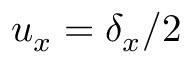
u _ { x } = \delta _ { x } / 2